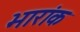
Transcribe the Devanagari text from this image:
भारांक